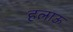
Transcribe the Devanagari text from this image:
हलाऊ